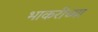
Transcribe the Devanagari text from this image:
भाकरीच्या